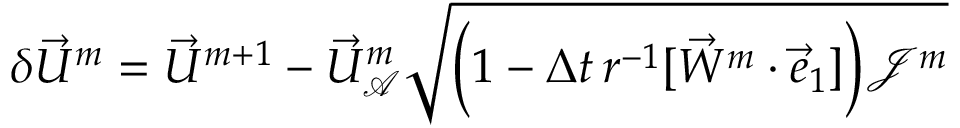
\delta \vec { U } ^ { m } = \vec { U } ^ { m + 1 } - \vec { U } _ { \mathcal { A } } ^ { m } \sqrt { \Bigl ( 1 - \Delta t \, r ^ { - 1 } [ \vec { W } ^ { m } \cdot \vec { e } _ { 1 } ] \Bigr ) \mathcal { J } ^ { m } }